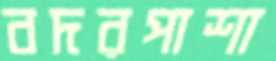
বদরপাশা